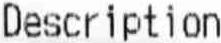
DESCRIPTION